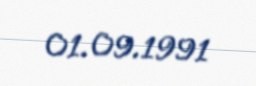
01.09.1991